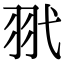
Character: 𦏵